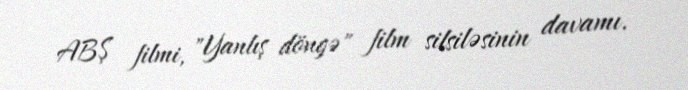
ABŞ filmi, "Yanlış döngə" film silsiləsinin davamı.